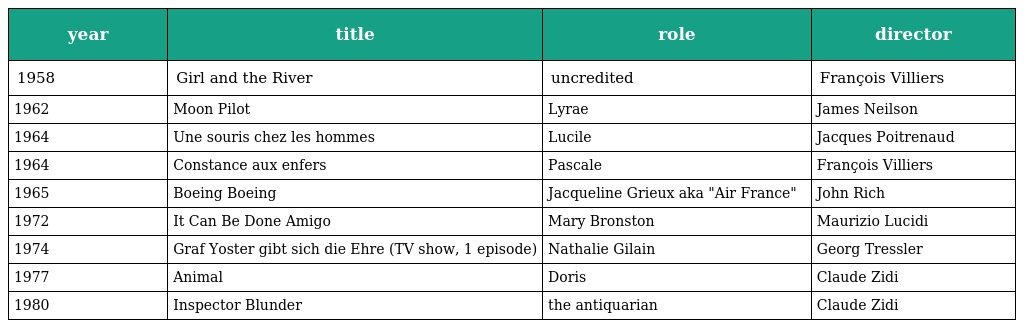
| year | title | role | director |
 | --- | --- | --- | --- |
 | 1958 | Girl and the River | uncredited | François Villiers |
 | 1962 | Moon Pilot | Lyrae | James Neilson |
 | 1964 | Une souris chez les hommes | Lucile | Jacques Poitrenaud |
 | 1964 | Constance aux enfers | Pascale | François Villiers |
 | 1965 | Boeing Boeing | Jacqueline Grieux aka "Air France" | John Rich |
 | 1972 | It Can Be Done Amigo | Mary Bronston | Maurizio Lucidi |
 | 1974 | Graf Yoster gibt sich die Ehre (TV show, 1 episode) | Nathalie Gilain | Georg Tressler |
 | 1977 | Animal | Doris | Claude Zidi |
 | 1980 | Inspector Blunder | the antiquarian | Claude Zidi |